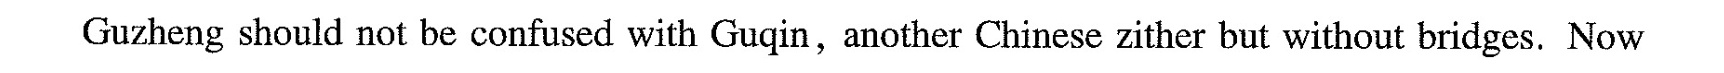
Guzheng should not be confused with Guqin,another Chinese zither but without bridges. Now